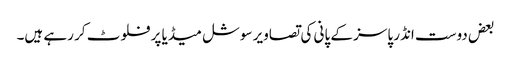
بعض دوست انڈر پاسز کے پانی کی تصاویر سوشل میڈیا پر فلوٹ کر رہے ہیں۔